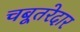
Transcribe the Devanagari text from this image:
चबूतरेदार